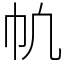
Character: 㠶